38_143685_box_Incident_Summaries_101-172
Agency: Department of War
Page 174
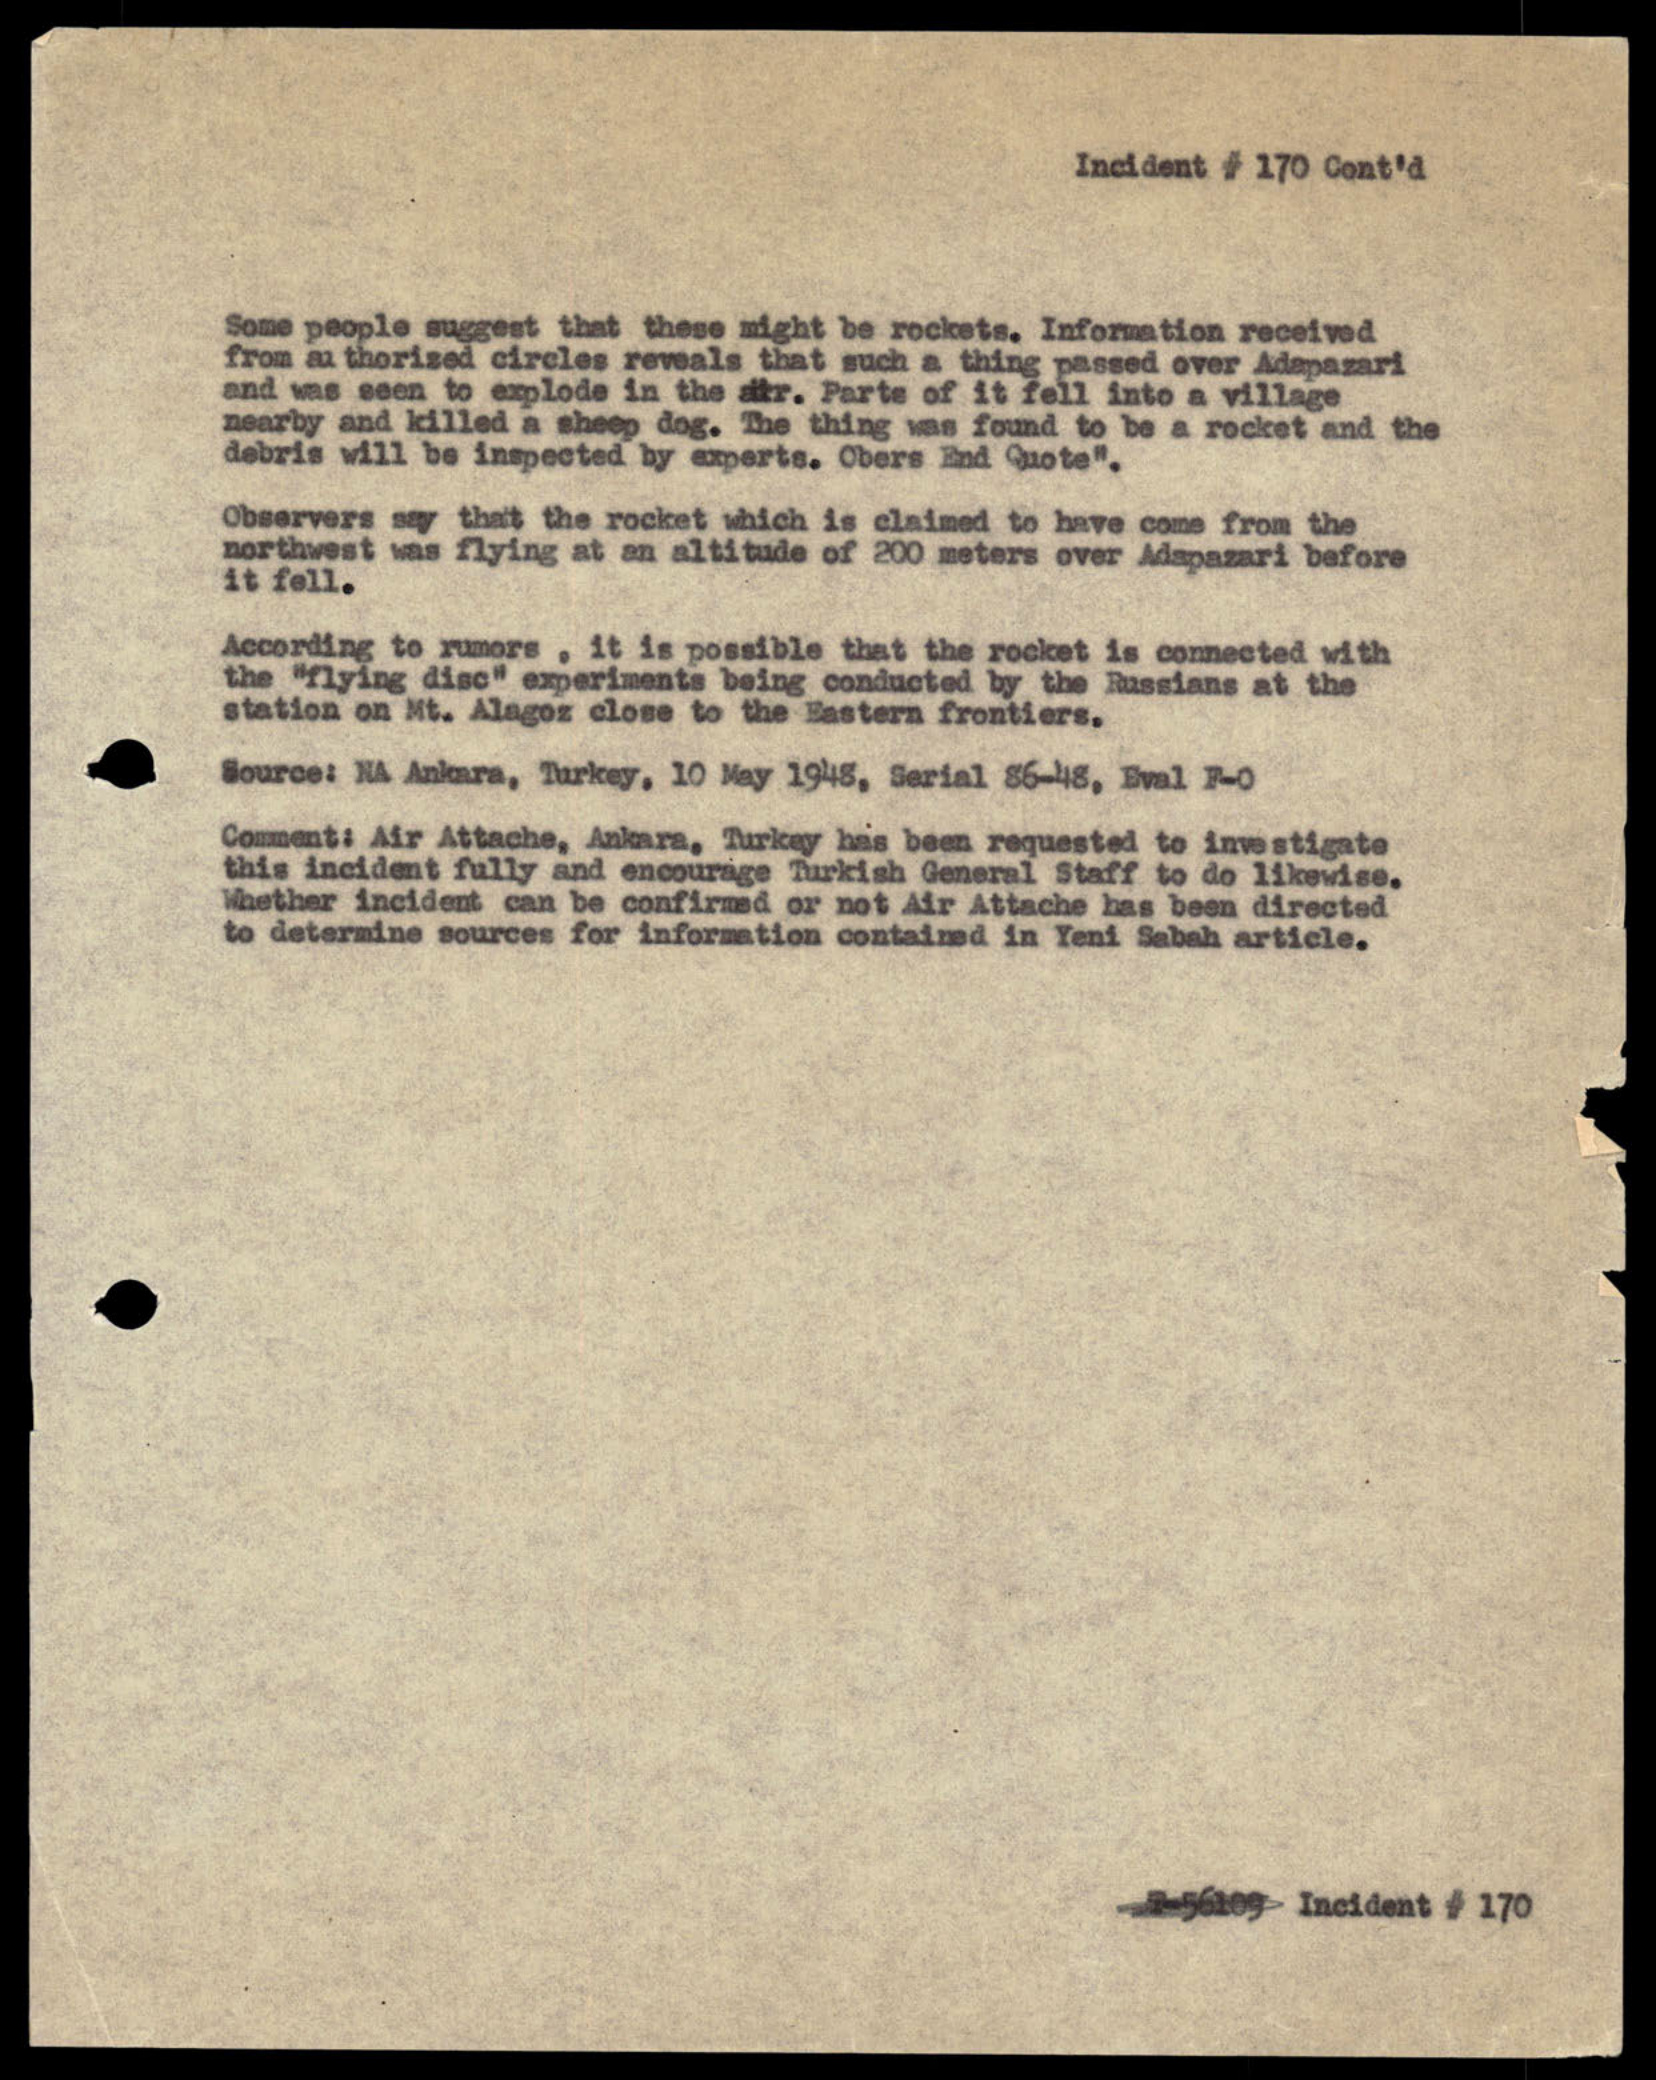